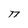
Character: n